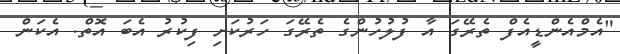
"އެމްއެންޑީއެފް ތެރޭގަ އާ ފުލުހުންގެ ތެރޭގަ ހަރުކަށި ފިކުރު އެބަ އޮތް. އެކަން